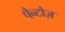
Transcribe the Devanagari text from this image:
पैन्टोज़